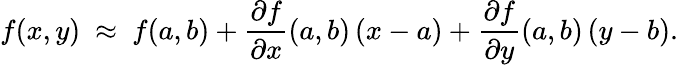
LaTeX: f(x,y)\ \approx\ f(a,b)+{\frac{\partial f}{\partial x}}(a,b)\, (x-a)+{\frac{\partial f}{\partial y}}(a,b)\, (y-b).